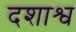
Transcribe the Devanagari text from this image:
दशाश्व